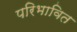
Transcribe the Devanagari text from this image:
परिभावित